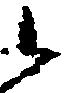
候